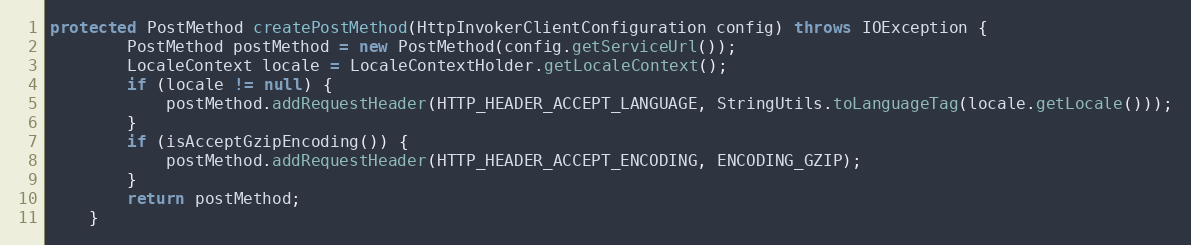
Language: Java
protected PostMethod createPostMethod(HttpInvokerClientConfiguration config) throws IOException {
        PostMethod postMethod = new PostMethod(config.getServiceUrl());
        LocaleContext locale = LocaleContextHolder.getLocaleContext();
        if (locale != null) {
            postMethod.addRequestHeader(HTTP_HEADER_ACCEPT_LANGUAGE, StringUtils.toLanguageTag(locale.getLocale()));
        }
        if (isAcceptGzipEncoding()) {
            postMethod.addRequestHeader(HTTP_HEADER_ACCEPT_ENCODING, ENCODING_GZIP);
        }
        return postMethod;
    }